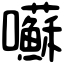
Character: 囌